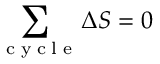
\sum _ { \mathrm { ~ \tiny ~ c ~ y ~ c ~ l ~ e ~ } } \Delta { \cal { S } } = 0